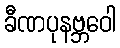
ခီဏပုနဗ္ဘဝေါ